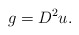
\begin{align*}g=D^2u.\end{align*}